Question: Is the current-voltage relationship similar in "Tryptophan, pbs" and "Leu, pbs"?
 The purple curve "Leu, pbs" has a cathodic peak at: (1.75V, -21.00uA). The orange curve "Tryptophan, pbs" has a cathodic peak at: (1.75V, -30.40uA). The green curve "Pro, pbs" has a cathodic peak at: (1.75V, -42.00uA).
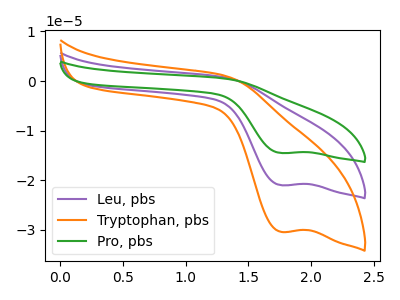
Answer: <think>All the peaks in "Tryptophan, pbs" have a peak in "Leu, pbs" at the same potential. Every peak in "Tryptophan, pbs" is higher than every peak in "Leu, pbs".
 </think>
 <answer>"Tryptophan, pbs" and "Leu, pbs" are similar in shape.</answer>
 <eval>same_shape</eval>